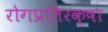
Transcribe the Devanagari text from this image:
रोगप्रतिरक्षा